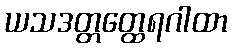
ယသဒတ္တတ္ထေရဂါထာ